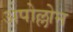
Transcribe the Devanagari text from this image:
अपोल्लोन